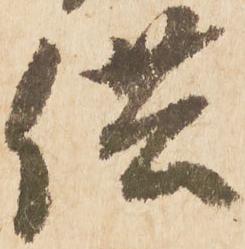
供